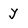
Character: y